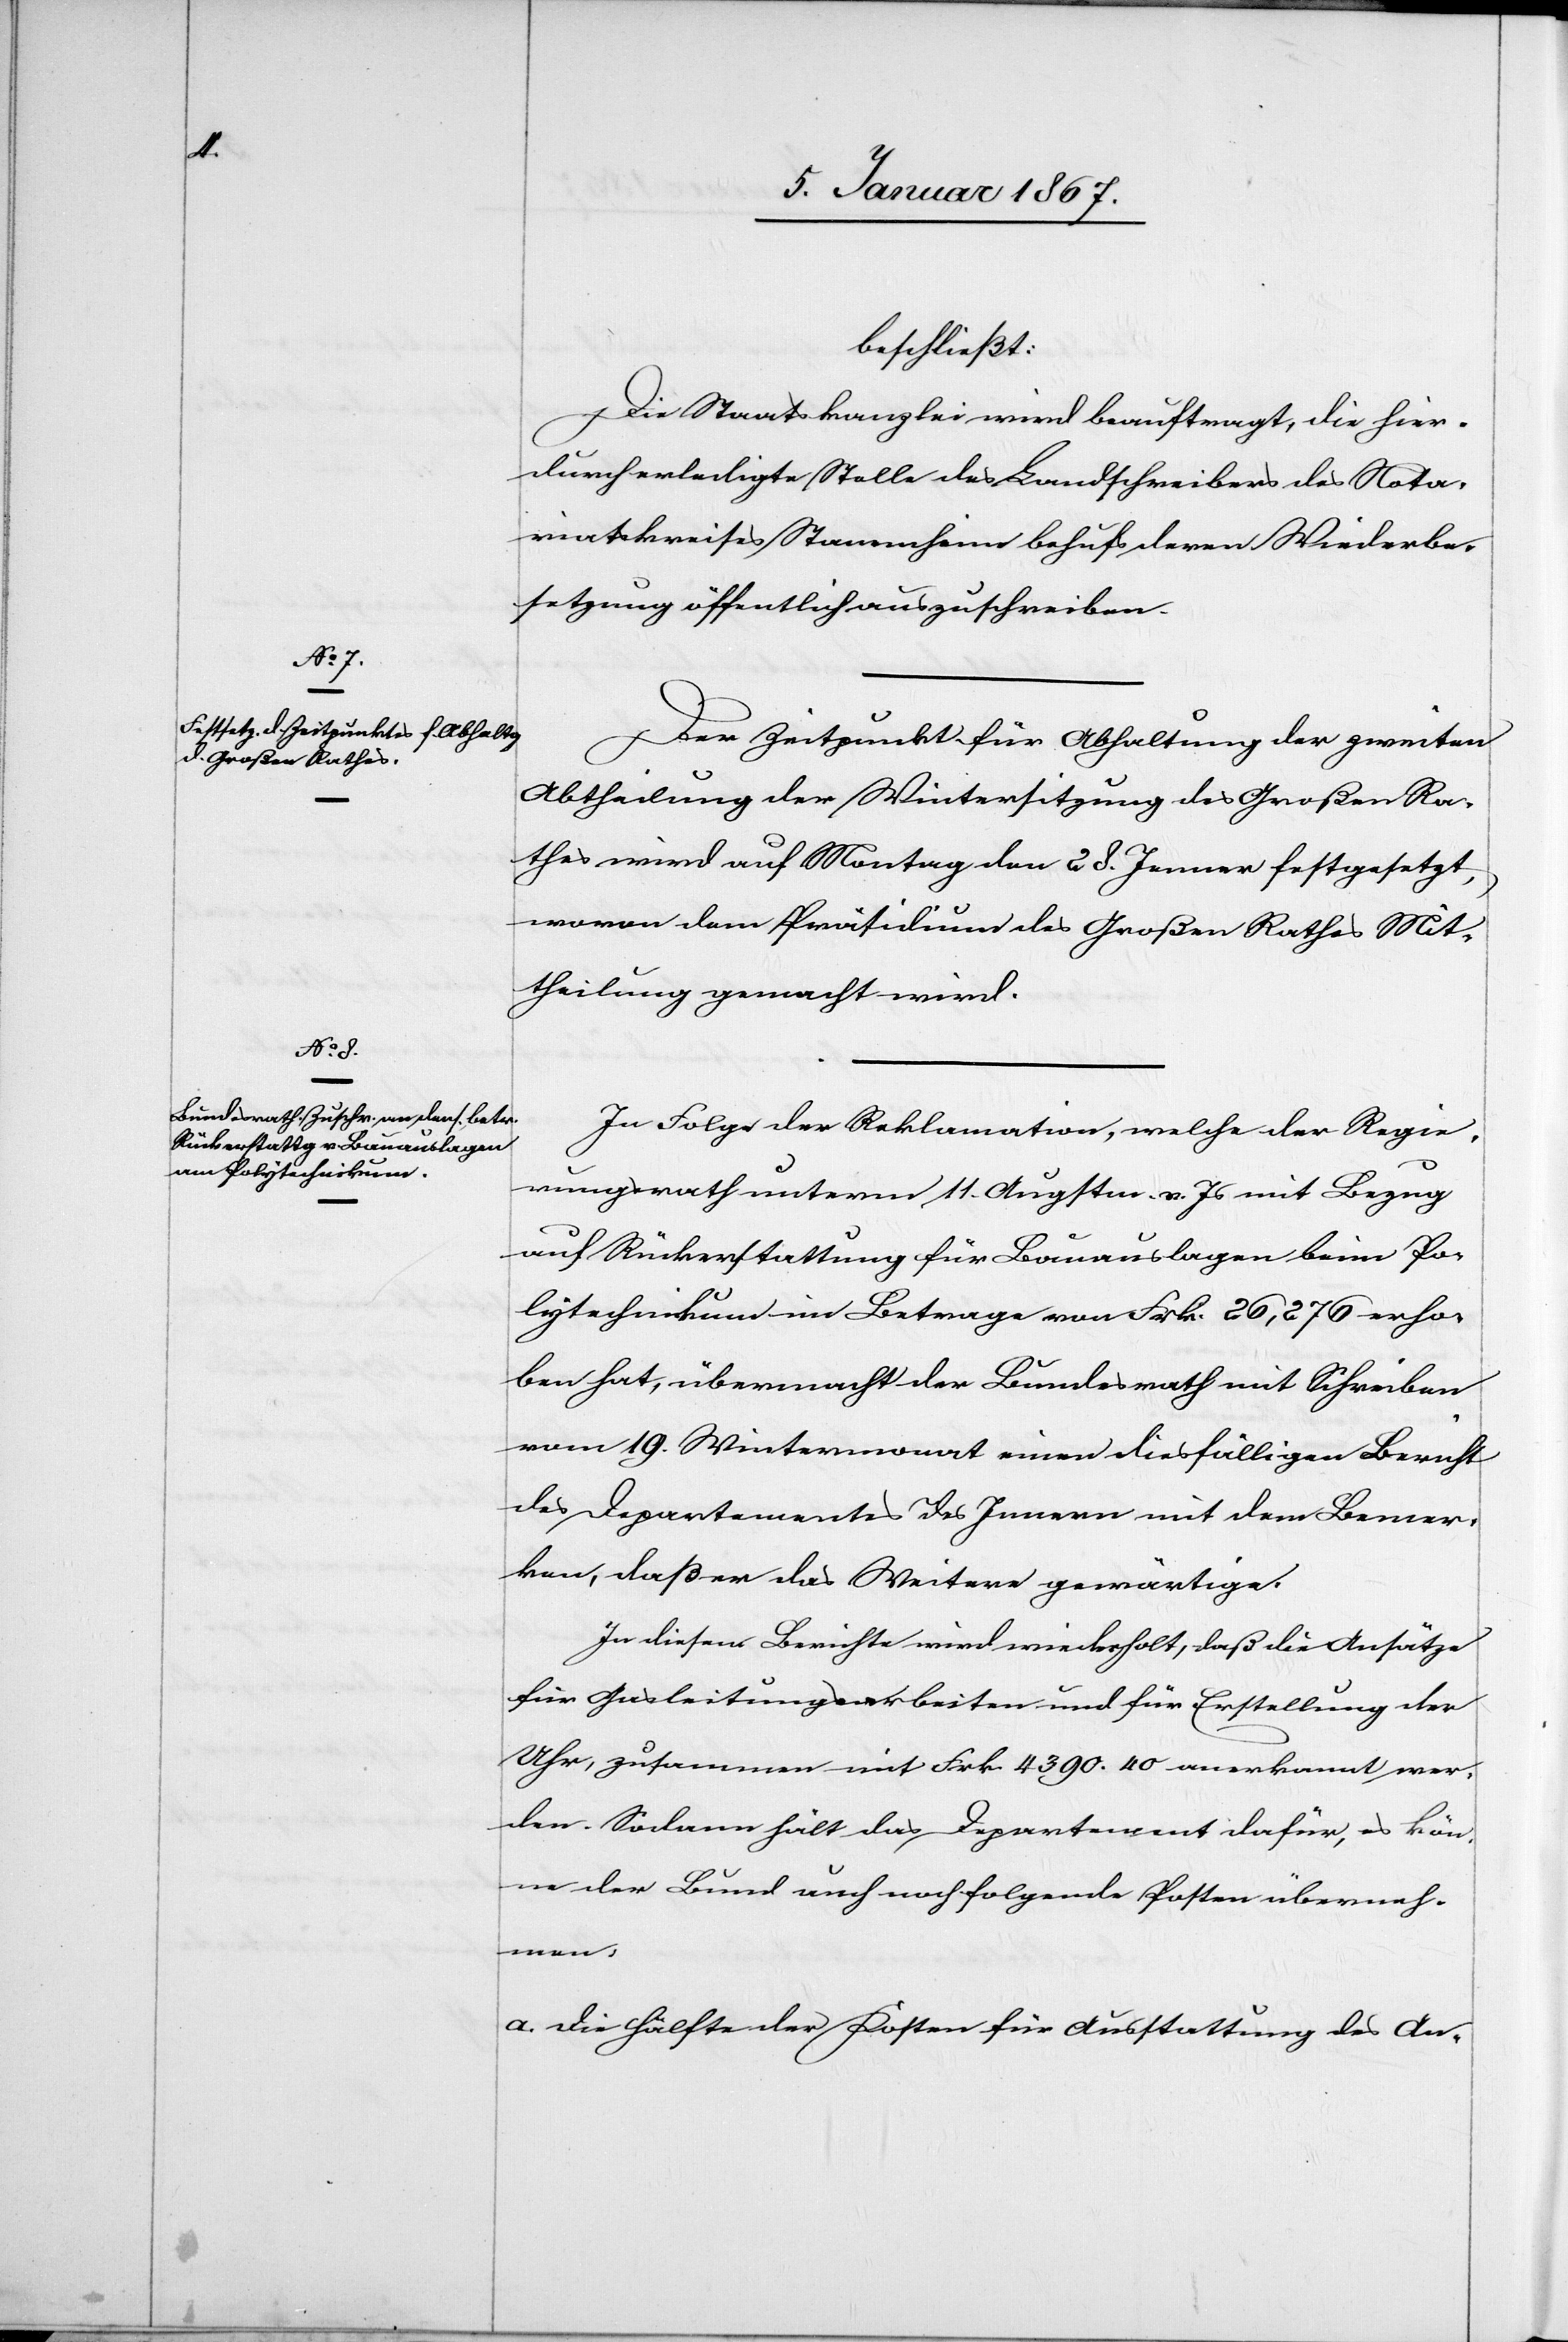
beschließt:
Die Staatskanzlei wird beauftragt, die hier¬
durch erledigte Stelle des Landschreibers des Nota¬
riatskreises Stammheim behufs deren Wiederbe¬
setzung öffentlich auszuschreiben.
Der Zeitpunkt für Abhaltung der zweiten
Abtheilung der Wintersitzung des Großen Ra¬
thes wird auf Montag den 28. Jenner festgesetzt,
wovon dem Präsidium des Großen Rathes Mit¬
theilung gemacht wird.
In Folge der Reklamation, welche der Regie¬
rungsrath unterm 11. Augstm. v. Js mit Bezug
auf Rückerstattung für Bauauslagen beim Po¬
lytechnikum im Betrage von Frk. 26,276 erho¬
ben hat, übermacht der Bundesrath mit Schreiben
vom 19. Wintermonat einen diesfälligen Bericht
des Departementes des Innern mit dem Bemer¬
ken, daß er das Weitere gewärtige.
In diesem Berichte wird wiederholt, daß die Ansätze
für Gasleitungsarbeiten und für Erstellung der
Uhr, zusammen mit Frk. 4390.40 anerkannt wer¬
den. Sodann hält das Departement dafür, es kön¬
ne der Bund auch noch folgende Kosten überneh¬
men:
a. Die Hälfte der Kosten für Ausstattung des An-